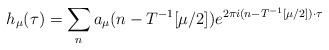
LaTeX: \begin{align*} h_{\mu}(\tau)=\sum_n a_{\mu}(n-T^{-1}[\mu/2]) e^{2\pi i (n- T^{-1}[\mu/2])\cdot \tau}\end{align*}